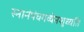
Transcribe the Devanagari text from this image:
स्नानंपंचगव्येनशुध्यति